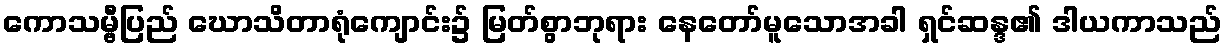
ကောသမ္ဗီပြည် ဃောသိတာရုံကျောင်း၌ မြတ်စွာဘုရား နေတော်မူသောအခါ ရှင်ဆန္ဒ၏ ဒါယကာသည်